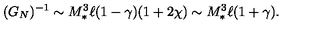
( G _ { N } ) ^ { - 1 } \sim M _ { * } ^ { 3 } \ell ( 1 - \gamma ) ( 1 + 2 \chi ) \sim M _ { * } ^ { 3 } \ell ( 1 + \gamma ) .